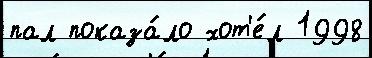
пал показа́ло хот'е́л 1998